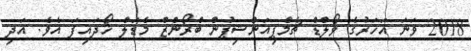
2018 ވަނަ އަހަރުގެ ވޯލްޑް ޗެމްޕިއަންޝިޕުން ބްރޯންޒް މެޑަލް ހޯދައިފަ އެވެ. އަދި